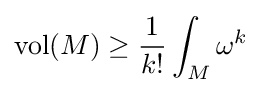
\operatorname {vol} (M)\geq {\frac {1}{k!}}\int _{M}\omega ^{k}